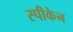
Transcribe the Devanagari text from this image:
स्पीकेन